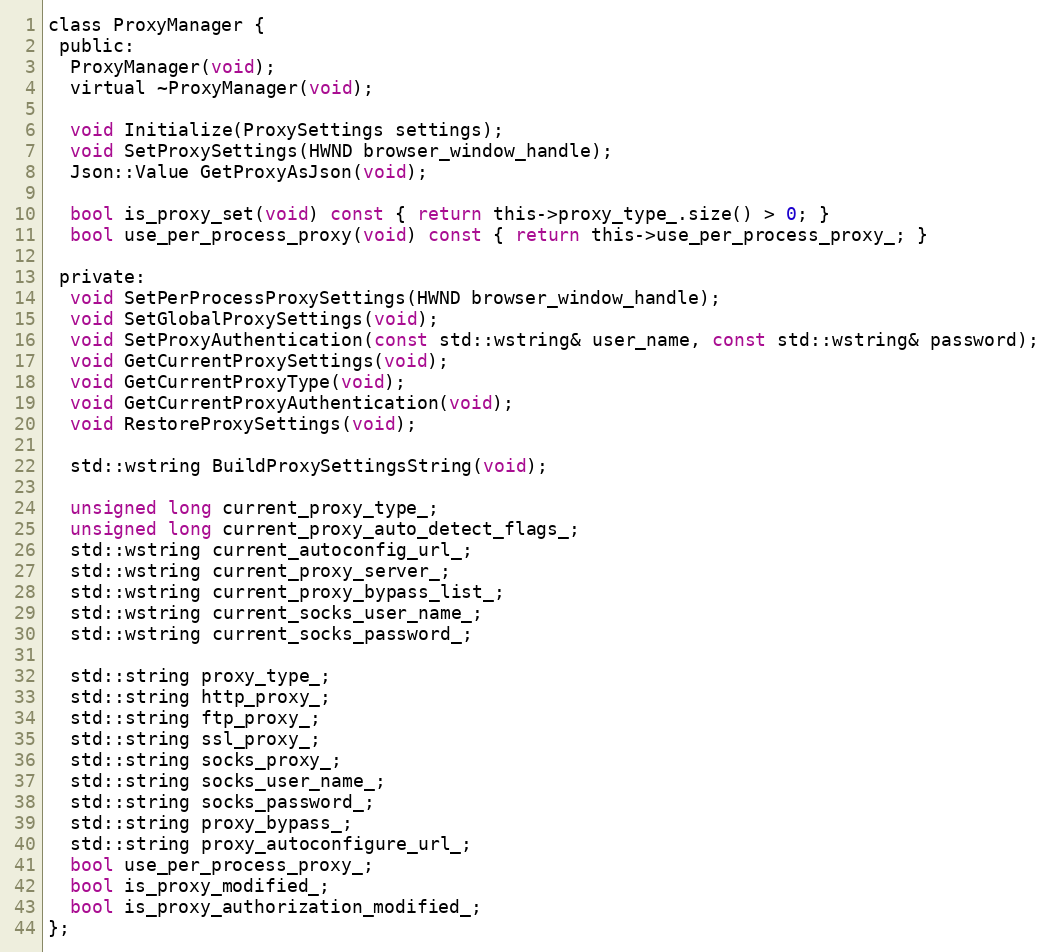
Language: C
class ProxyManager {
 public:
  ProxyManager(void);
  virtual ~ProxyManager(void);

  void Initialize(ProxySettings settings);
  void SetProxySettings(HWND browser_window_handle);
  Json::Value GetProxyAsJson(void);

  bool is_proxy_set(void) const { return this->proxy_type_.size() > 0; }
  bool use_per_process_proxy(void) const { return this->use_per_process_proxy_; }

 private:
  void SetPerProcessProxySettings(HWND browser_window_handle);
  void SetGlobalProxySettings(void);
  void SetProxyAuthentication(const std::wstring& user_name, const std::wstring& password);
  void GetCurrentProxySettings(void);
  void GetCurrentProxyType(void);
  void GetCurrentProxyAuthentication(void);
  void RestoreProxySettings(void);

  std::wstring BuildProxySettingsString(void);

  unsigned long current_proxy_type_;
  unsigned long current_proxy_auto_detect_flags_;
  std::wstring current_autoconfig_url_;
  std::wstring current_proxy_server_;
  std::wstring current_proxy_bypass_list_;
  std::wstring current_socks_user_name_;
  std::wstring current_socks_password_;

  std::string proxy_type_;
  std::string http_proxy_;
  std::string ftp_proxy_;
  std::string ssl_proxy_;
  std::string socks_proxy_;
  std::string socks_user_name_;
  std::string socks_password_;
  std::string proxy_bypass_;
  std::string proxy_autoconfigure_url_;
  bool use_per_process_proxy_;
  bool is_proxy_modified_;
  bool is_proxy_authorization_modified_;
};